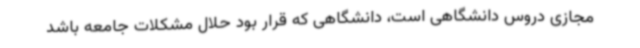
مجازی دروس دانشگاهی است، دانشگاهی که قرار بود حلال مشکلات جامعه باشد